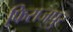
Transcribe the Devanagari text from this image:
फिराजपुर